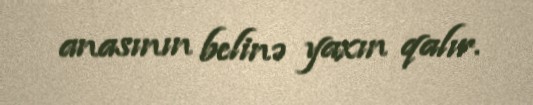
anasının belinə yaxın qalır.